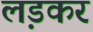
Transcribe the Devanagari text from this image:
ल़डकर